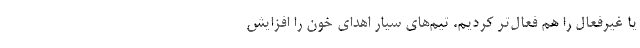
یا غیرفعال را هم فعال‌تر کردیم. تیم‌های سیار اهدای خون را افزایش